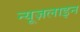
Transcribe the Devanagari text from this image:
न्यूज़लाइन